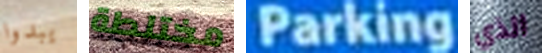
يبدوا مختلطة Parking الذي